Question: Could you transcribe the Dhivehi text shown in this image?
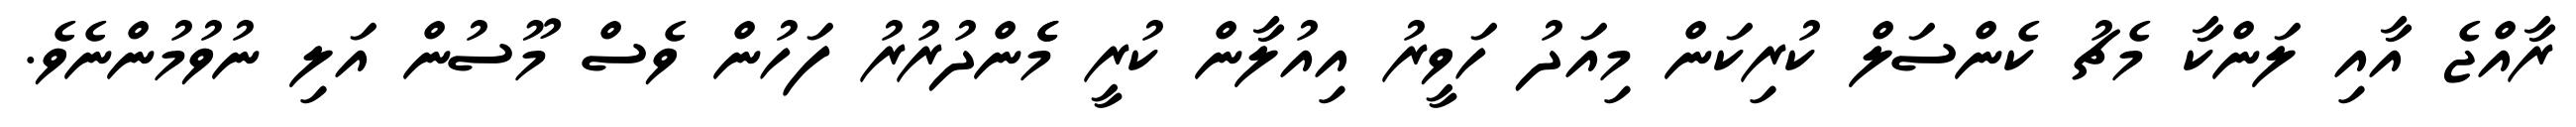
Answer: ރާއްޖެ އާއި ލަންކާ މެޗު ކެންސަލް ކުރިކަން މިއަދު ހަވީރު އިއުލާން ކުރީ މެެންދުރުރު ފަހުން ވެސް މޫސުން އަލި ނުވުމުންނެވެ.